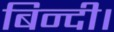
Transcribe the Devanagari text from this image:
बिन्दी।